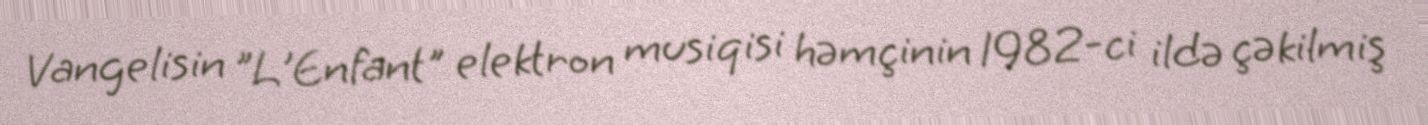
Vangelisin "L'Enfant" elektron musiqisi həmçinin 1982-ci ildə çəkilmiş